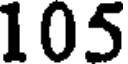
105